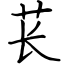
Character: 苌